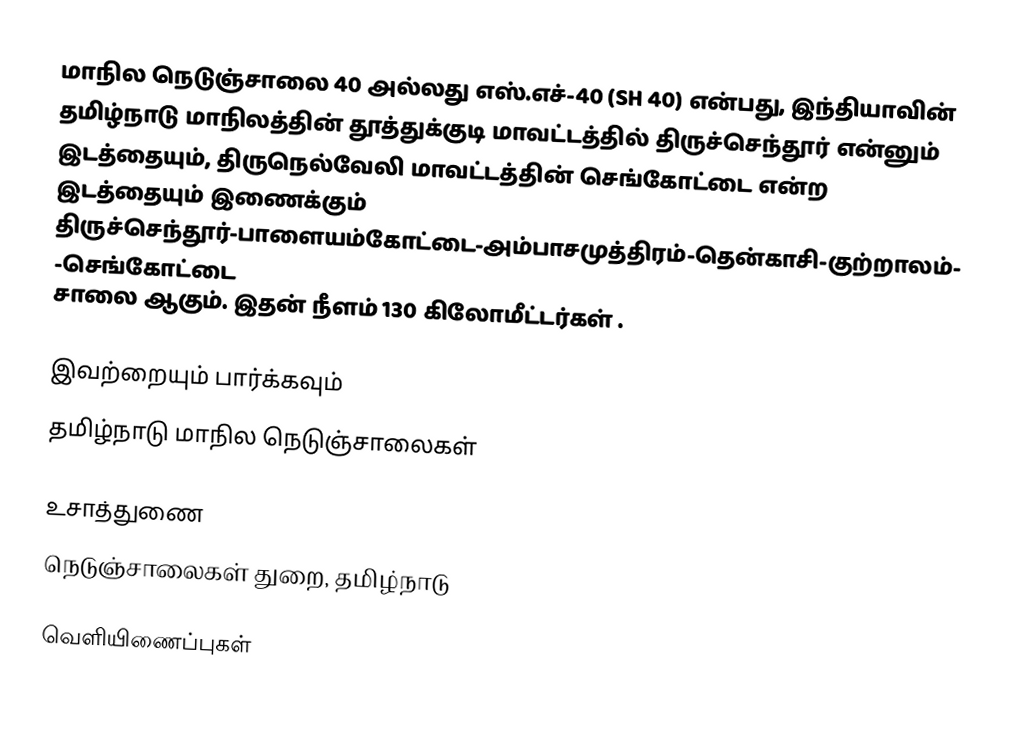
மாநில நெடுஞ்சாலை 40 அல்லது எஸ்.எச்-40 (SH 40) என்பது, இந்தியாவின் தமிழ்நாடு மாநிலத்தின் தூத்துக்குடி மாவட்டத்தில் திருச்செந்தூர் என்னும் இடத்தையும், திருநெல்வேலி மாவட்டத்தின் செங்கோட்டை என்ற இடத்தையும் இணைக்கும் திருச்செந்தூர்-பாளையம்கோட்டை-அம்பாசமுத்திரம்-தென்காசி-குற்றாலம்-செங்கோட்டை சாலை ஆகும். இதன் நீளம் 130  கிலோமீட்டர்கள் .

இவற்றையும் பார்க்கவும்
 தமிழ்நாடு மாநில நெடுஞ்சாலைகள்

உசாத்துணை
 நெடுஞ்சாலைகள் துறை, தமிழ்நாடு

வெளியிணைப்புகள்